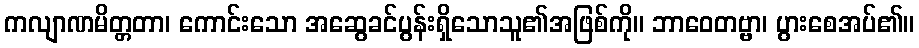
ကလျာဏမိတ္တတာ၊ ကောင်းသော အဆွေခင်ပွန်းရှိသောသူ၏အဖြစ်ကို။ ဘာဝေတဗ္ဗာ၊ ပွားစေအပ်၏။